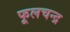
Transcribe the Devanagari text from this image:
फूलचन्द्र